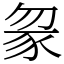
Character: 䝆